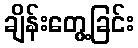
ချိန်းတွေ့ခြင်း